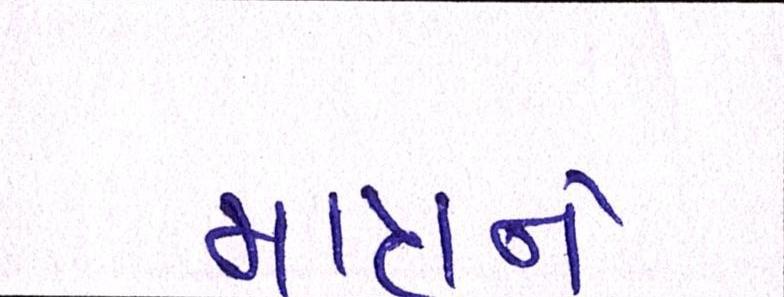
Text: માત્રને